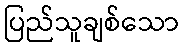
ပြည်သူချစ်သော